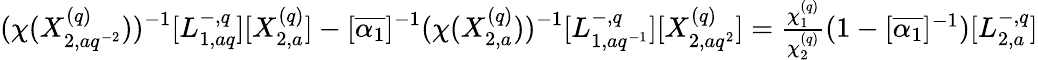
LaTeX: (\chi(X_{2,aq^{-2}}^{(q)}))^{-1}[L_{1,aq}^{-,q}][X_{2,a}^{(q)}]-[\overline{{\alpha_{1}}}]^{-1}(\chi(X_{2,a}^{(q)}))^{-1}[L_{1,aq^{-1}}^{-,q}][X_{2,aq^{2}}^{(q)}]=\textstyle\frac{\chi_{1}^{(q)}}{\chi_{2}^{(q)}}(1-[\overline{{\alpha_{1}}}]^{-1})[L_{2,a}^{-,q}]